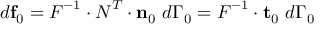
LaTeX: d \mathbf { f } _ { 0 } = { \boldsymbol { F } } ^ { - 1 } \cdot { \boldsymbol { N } } ^ { T } \cdot \mathbf { n } _ { 0 } ~ d \Gamma _ { 0 } = { \boldsymbol { F } } ^ { - 1 } \cdot \mathbf { t } _ { 0 } ~ d \Gamma _ { 0 }